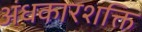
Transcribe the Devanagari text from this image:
अंधकारशक्ति